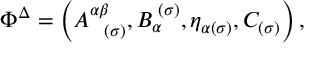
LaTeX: \Phi ^ { \Delta } = \left( A _ { \; \; \; ( \sigma ) } ^ { \alpha \beta } , B _ { \alpha } ^ { \; ( \sigma ) } , \eta _ { \alpha ( \sigma ) } , C _ { ( \sigma ) } \right) ,